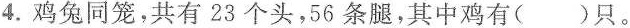
4.鸡兔同笼，共有23个头，56条腿，其中鸡有()只。